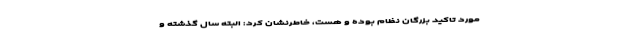
مورد تاکید بزرگان نظام بوده و هست، خاطرنشان کرد: البته سال گذشته و